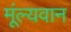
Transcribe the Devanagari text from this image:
मूंल्‍यवान